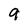
Character: 9